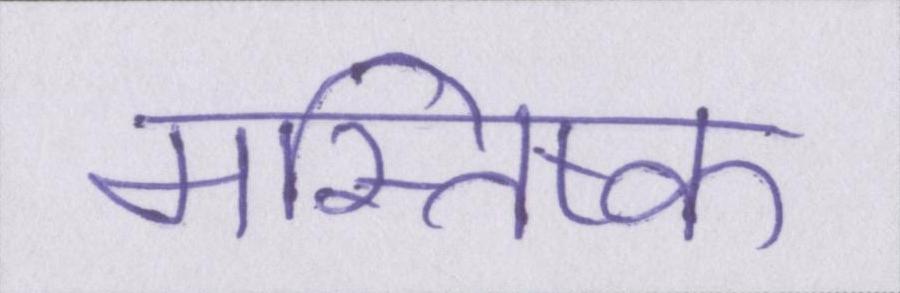
मस्तिष्क